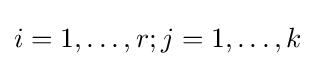
i=1,\ldots ,r;j=1,\ldots ,k